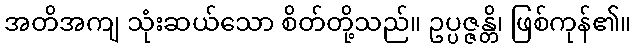
အတိအကျ သုံးဆယ်သော စိတ်တို့သည်။ ဥပ္ပဇ္ဇန္တိ၊ ဖြစ်ကုန်၏။